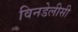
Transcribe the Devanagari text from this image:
विनडेलीसी